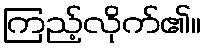
ကြည့်လိုက်၏။